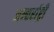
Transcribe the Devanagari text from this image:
अन्तर्राष्ट्री